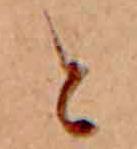
と